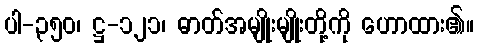
ပါ-၃၅၀၊ ဋ္ဌ-၁၂၁၊ ဓာတ်အမျိုးမျိုးတို့ကို ဟောထား၏။